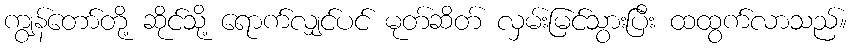
ကျွန်တော်တို့ ဆိုင်သို့ ရောက်လျှင်ပင် မုတ်ဆိတ် လှမ်းမြင်သွားပြီး ထထွက်လာသည်။